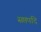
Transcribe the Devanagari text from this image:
सप्तपदि